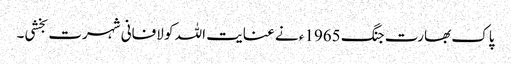
پاک بھارت جنگ 1965ء نے عنایت اللہ کو لافانی شہرت بخشی۔